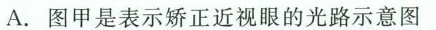
A.图甲是表示矫正近视眼的光路示意图